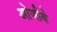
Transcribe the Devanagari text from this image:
ओजीबे